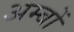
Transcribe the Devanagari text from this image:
अम्बों